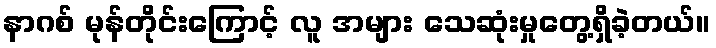
နာဂစ် မုန်တိုင်းကြောင့် လူ အများ သေဆုံးမှုတွေ့ရှိခဲ့တယ်။